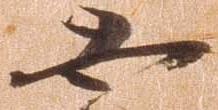
恐